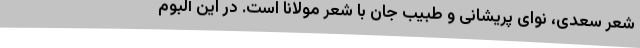
شعر سعدی، نوای پریشانی و طبیب جان با شعر مولانا است. در این آلبوم